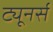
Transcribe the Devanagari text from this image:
ट्यूनर्स